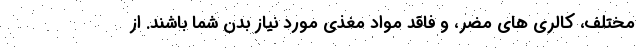
مختلف، کالری های مضر، و فاقد مواد مغذی مورد نیاز بدن شما باشند. از